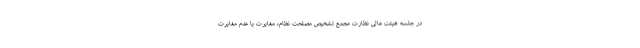
در جلسه هیئت عالی نظارت مجمع تشخیص مصلحت نظام، مغایرت یا عدم مغایرت